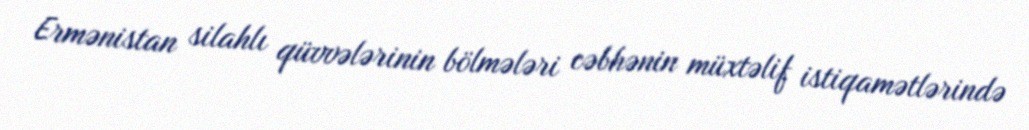
Ermənistan silahlı qüvvələrinin bölmələri cəbhənin müxtəlif istiqamətlərində